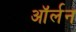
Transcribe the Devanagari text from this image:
ऑर्लन